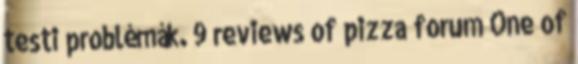
testi problémák. 9 reviews of pizza forum One of